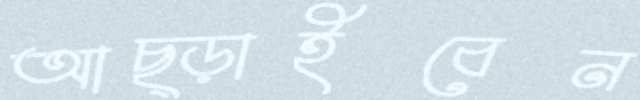
আছ্‌ড়াইবেন